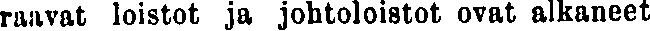
raavat loistot ja johtoloistot ovat alkaneet